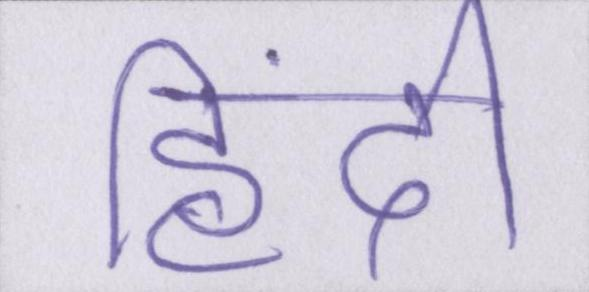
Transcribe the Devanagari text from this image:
हिंदी